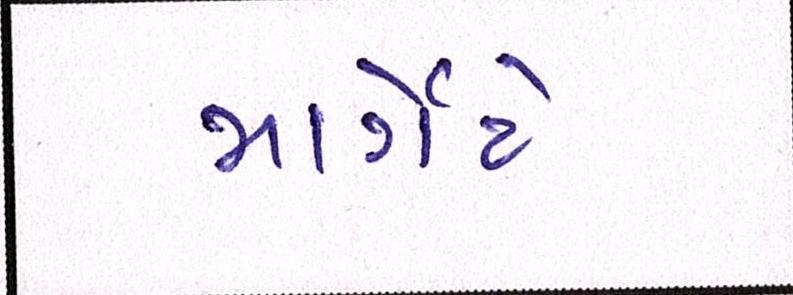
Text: માર્ગેટે